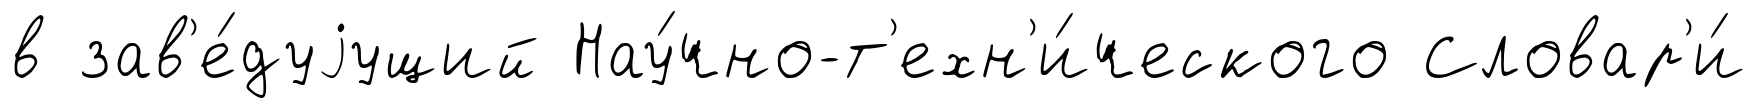
в зав'е́дуjущий Нау́чно-т'ехн'и́ческого Словар'и́